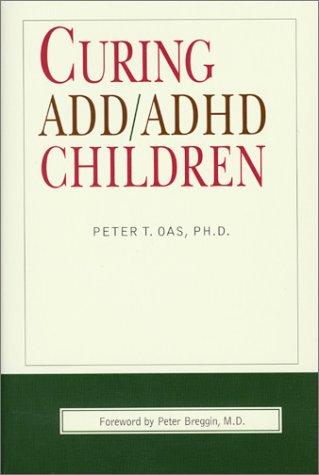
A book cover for Curing ADD/ADHD Children; Peter T. Oas; Parenting & Relationships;